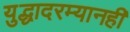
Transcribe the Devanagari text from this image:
युद्धादरम्यानही